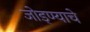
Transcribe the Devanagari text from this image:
जोड्ण्याचे